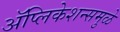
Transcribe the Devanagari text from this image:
अॅप्लिकेशन्समुळे